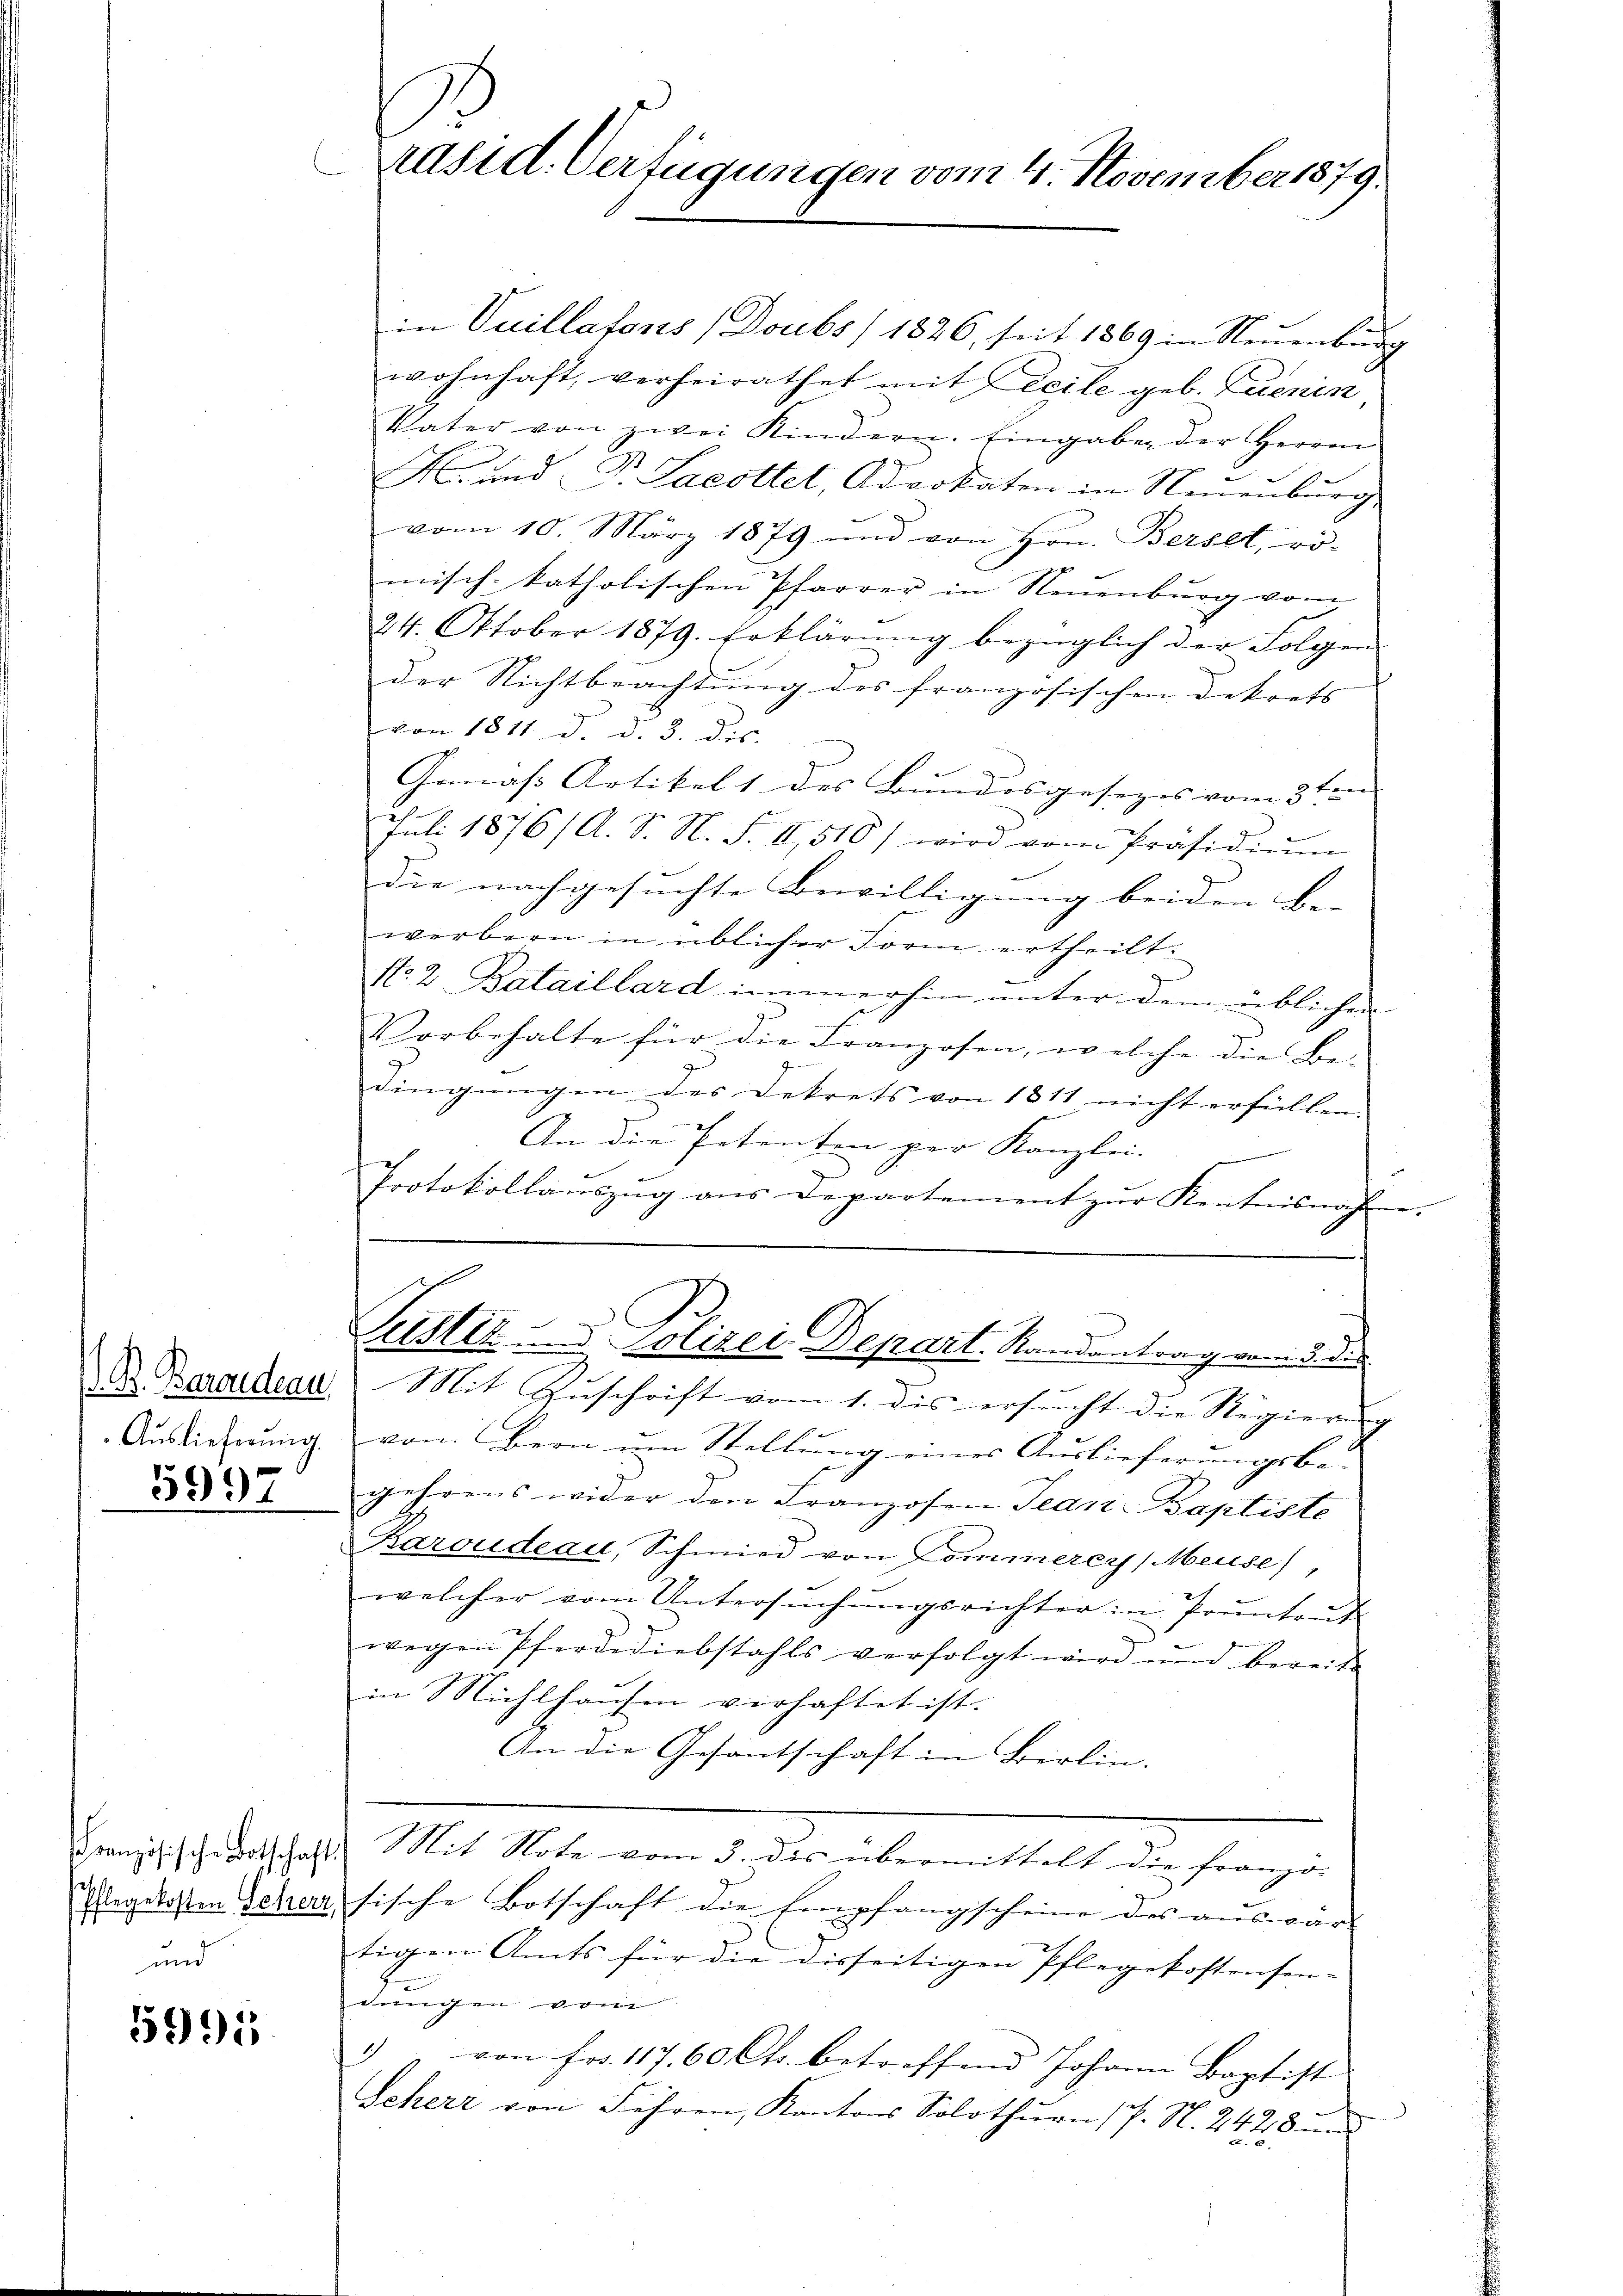
. B. Barondeau
Auslieferung.

5997

Französische Botschaft
Pflegekosten Seherr

59915

räsid. Verfügungen vom 4. November 1879.

Protokollaŭszŭg aŭs Departement zŭr Kentnisnahm

in Vuillafons (Doubs /1826, seit 1869 in Neuenburg
wohnhaft, verheirathet mit Leeile geb. Zuenin
Vater von zwei Kindern. Eingaben der Herren
M. und G. Sacottet, Advokaten in Neuenburg
vom 10. März 1879 und von Hrn. Berset, rö-
misch-katholischen Pfarrer in Neuenburg vom
24. Oktober 1879. Erklärung bezüglich der Folgen
der Nichtbeachtung des französischen Dekrets
von 1811. d. d. 3. des
a
Gemäß Artikel 1 des Bundesgesezes vom 3ten
Juli 1876/A. S. N. S. II, 510) wird vom Präsidiŭm
die nachgesuchte Bewilligung beiden Be-
werbern in üblicher Form ertheilt:
No. 2 Bataillard immerhin ŭnter dem üblichen
Vorbehalte für die Franzosen, welche die Be-
g
dingungen des Dekrets von 1811 nicht erfüllen.
An die Petenten per Kanzlei-
.
Justiz- u. Polizei Depart. Randantrag vom 3. d.
Mit Zuschrift vom 1. dis ersucht die Regierung
von Bern um Stellung eines Auslieferungsbe-
gehrens wider den Franzosen Jean Baptiste
Karoudeau, Schmied von Commerer (Meuse),
welcher vom Untersuchungsrichter in Prunten
wegen Pferdediebstahls verfolgt wird und berei
in Mühlhausen verhaftet ist.
An die Gesantschaft in Berlin.
Mit Note vom 3. dis übermittelt die franzo-
sische Botschaft die Empfangscheine des auswar- |
tigen Amts für die disseitigen Pflegekostensen-
Lungen von
1 von Fr. 117. 60 Cts. betreffend Johann Baptist
Scherr von Fehren, Kantons Solothurn 17. N. 2428 und